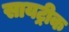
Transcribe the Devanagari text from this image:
सायट्रीक